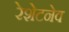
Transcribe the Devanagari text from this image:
रेशेटनेव